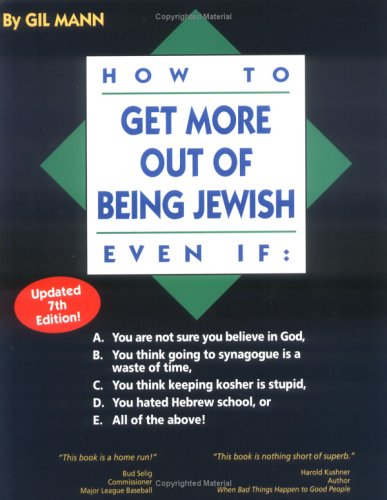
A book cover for How to Get More out of Being Jewish Even If:: A. You Are Not Sure You Believe in God, B. You Think Going to Synagogue Is a Waste of Time, C. You Think ... Hated Hebrew School, or E. All of the Above!; Gil Mann; Religion & Spirituality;